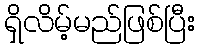
ရှိလိမ့်မည်ဖြစ်ပြီး